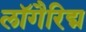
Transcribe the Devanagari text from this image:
लॉगैरिद्म